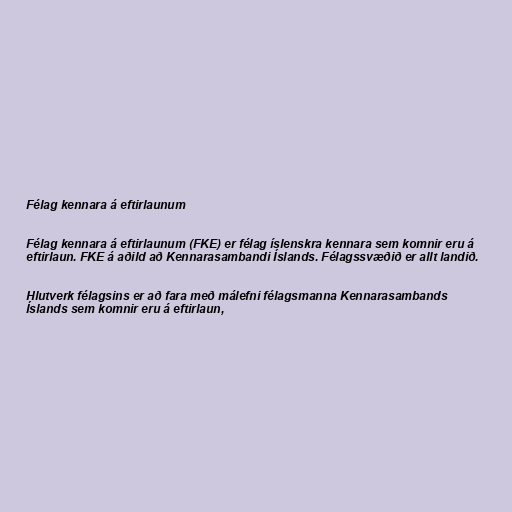
Félag kennara á eftirlaunum

Félag kennara á eftirlaunum (FKE) er félag íslenskra kennara sem komnir eru á
eftirlaun. FKE á aðild að Kennarasambandi Íslands. Félagssvæðið er allt landið.

Hlutverk félagsins er að fara með málefni félagsmanna Kennarasambands
Íslands sem komnir eru á eftirlaun,